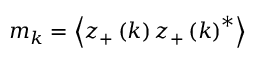
m _ { k } = \left\langle z _ { + } \left( k \right) z _ { + } \left( k \right) ^ { * } \right\rangle